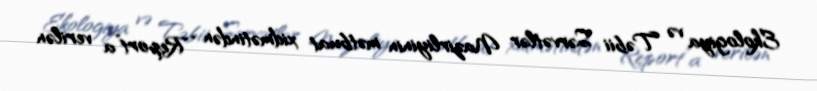
Ekologiya və Təbii Sərvətlər Nazirliyinin mətbuat xidmətindən “Report”a verilən